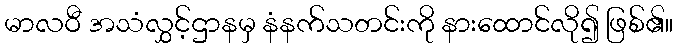
မာလဝီ အသံလွှင့်ဌာနမှ နံနက်သတင်းကို နားထောင်လို၍ ဖြစ်၏။